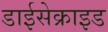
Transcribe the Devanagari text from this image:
डाईसेक्राइड